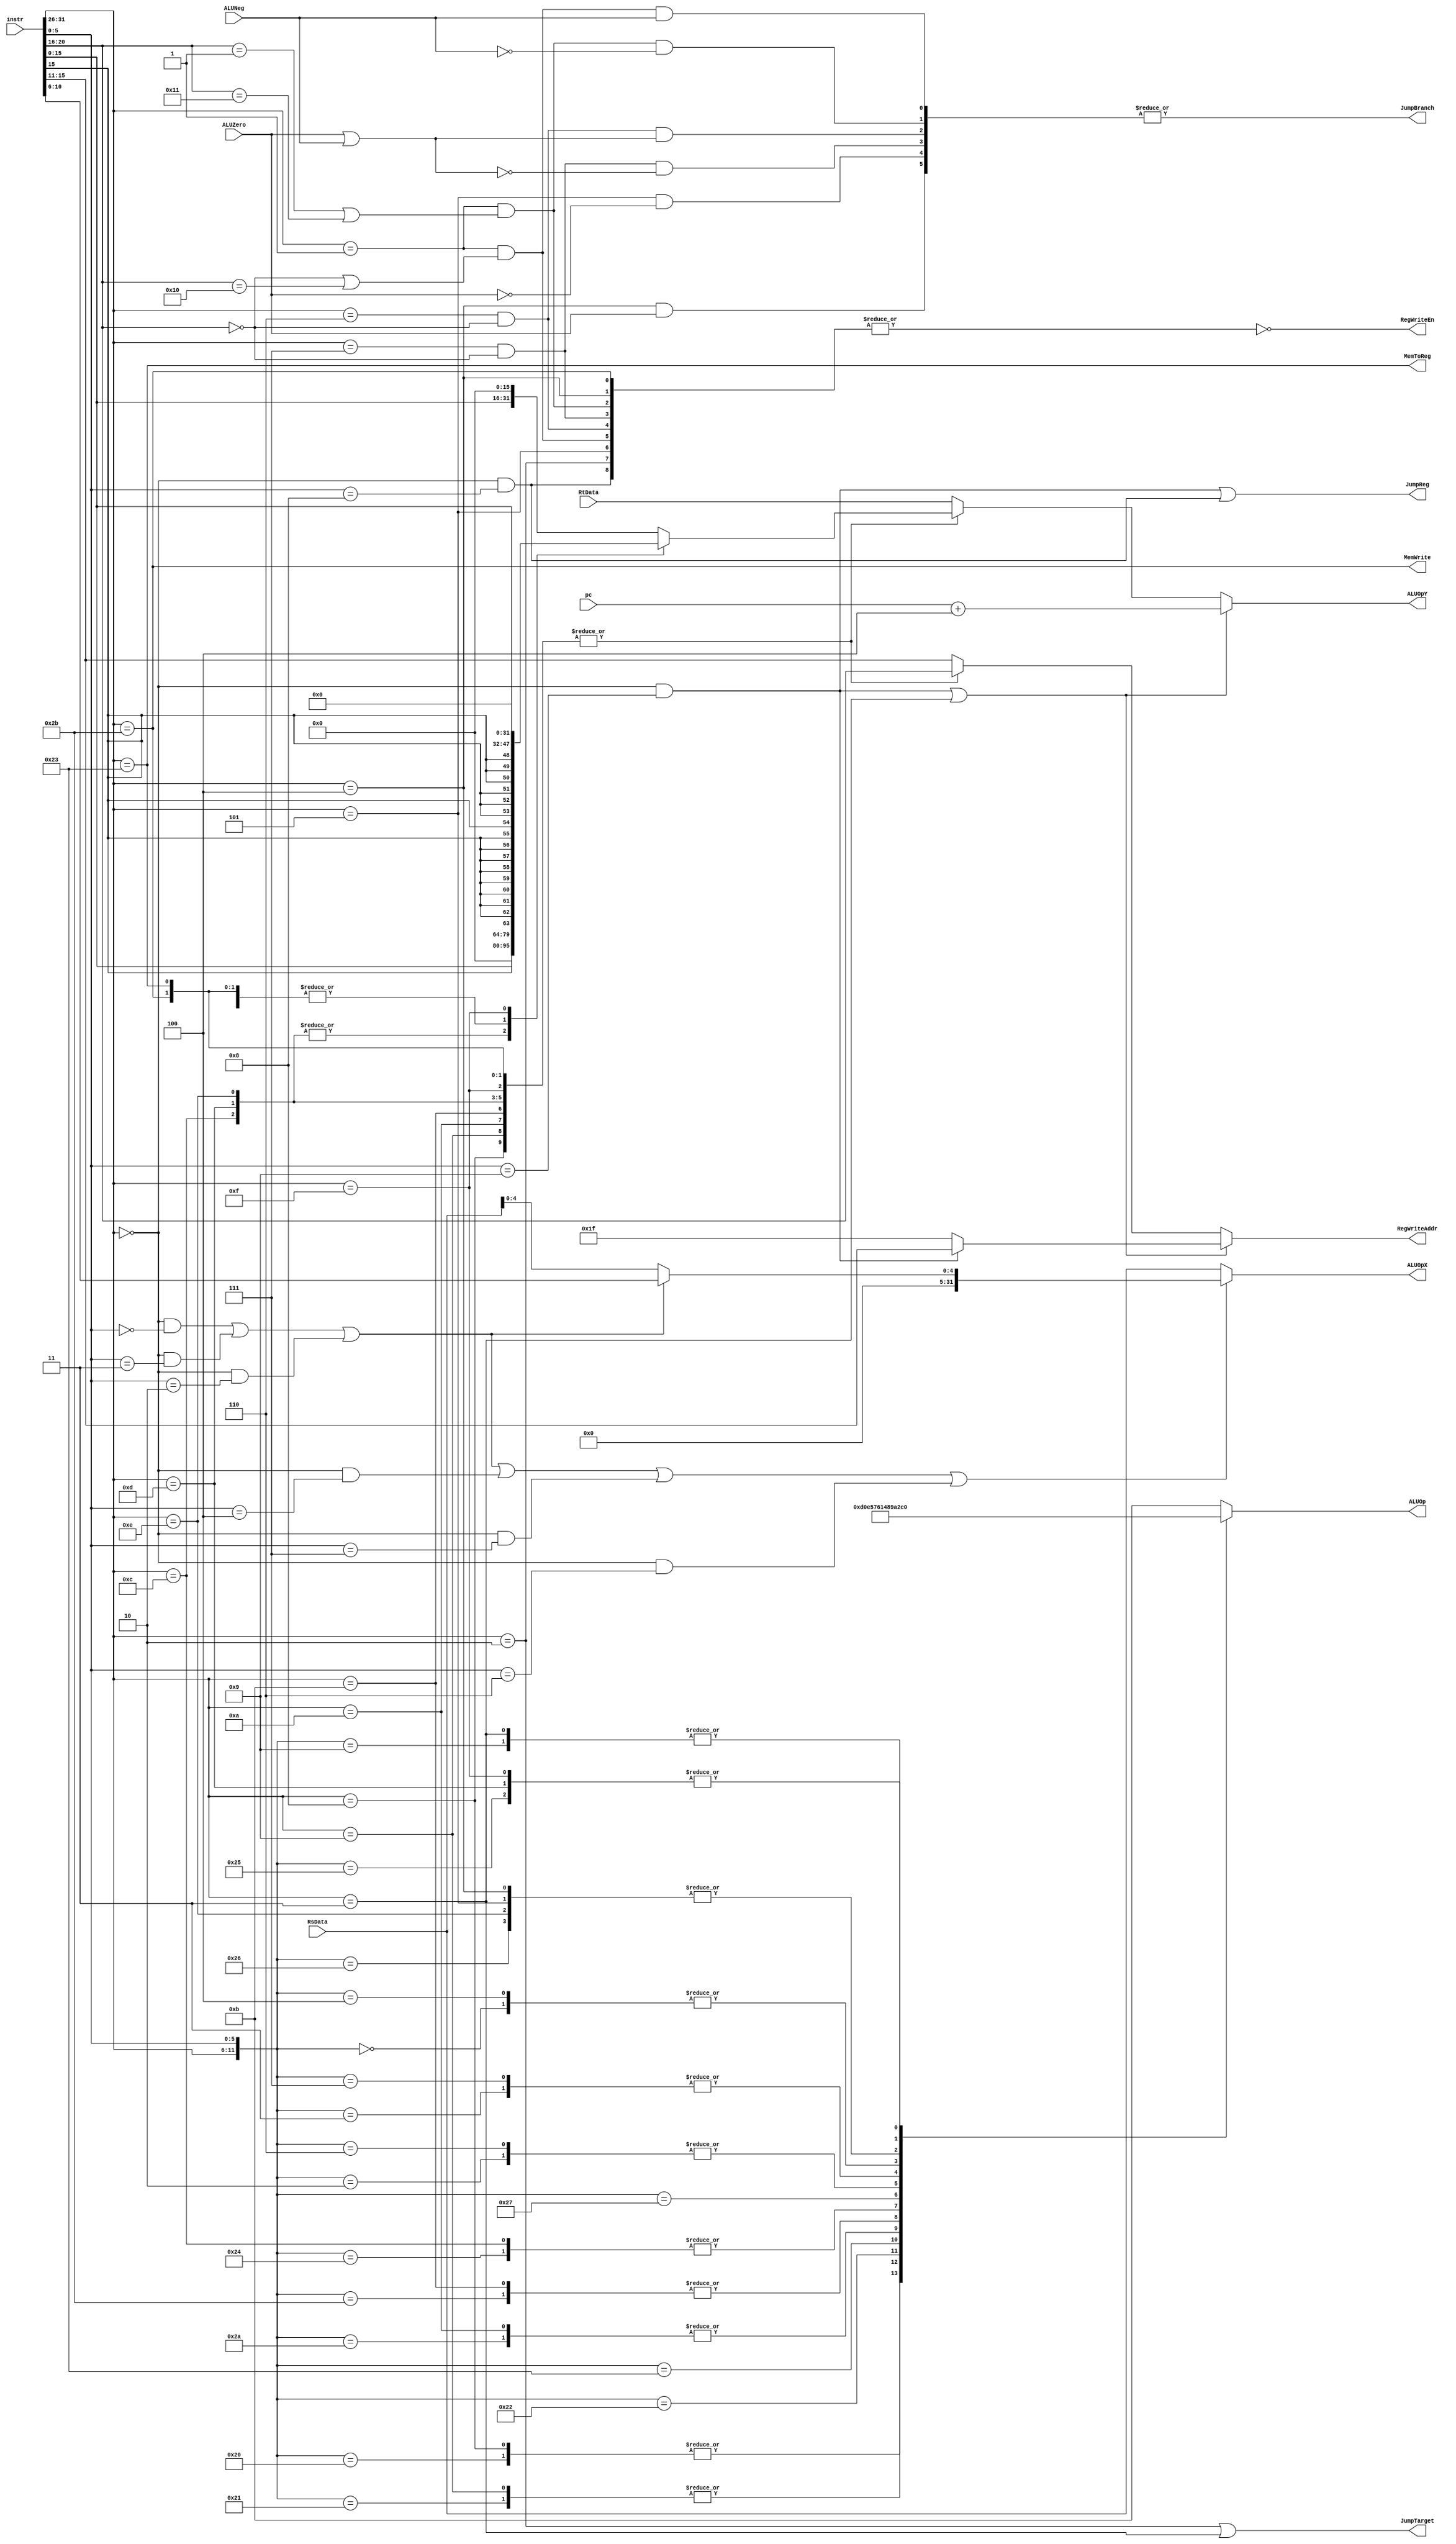
//******************************************************************************
// EE108b MIPS verilog model
//
// Decode.v
//
// - Decodes the instructions
// - branch instruction condition are also determined and whether
//   the branch PC should be used 
// - ALU instructions are decoded and sent to the ALU
// - decode whether the instruction uses the Immediate field
//
// verilog written by Daniel L. Rosenband, MIT 10/4/99
// modified by John Kim, 3/26/03
// modified by Neil Achtman, 8/15/03
//
//******************************************************************************

module Decode(   
  // Outputs
  RegWriteAddr, JumpBranch, JumpTarget, JumpReg, ALUOp, ALUOpX, ALUOpY, MemWrite, MemToReg, RegWriteEn,
  // Inputs
  instr, ALUZero, ALUNeg, RsData, RtData, pc
);

  input [31:0] instr;               // current instruction
  input [31:0] pc;                  // current pc
  input [31:0] RsData, RtData;      // data from read registers
  input ALUZero, ALUNeg;            // whether result of ALU operation is 0 or negative
  
  output reg [4:0] RegWriteAddr;    // which register to write back data to
  output wire RegWriteEn;           // enable writing back to the register
  
  output wire MemToReg;             // use memory output as data to write into register
  output wire MemWrite;             // write to memory
  
  output wire JumpBranch;           // branch taken, address offset specified in instruction
  output wire JumpTarget;           // jump address specified in instruction
  output wire JumpReg;              // jump address specified in register
  
  output reg [3:0] ALUOp;           // ALU operation select
  output reg [31:0] ALUOpX, ALUOpY; // ALU operands

//******************************************************************************
// instruction field
//******************************************************************************

  `define opfield 31:26	// 6-bit operation code
  `define rs 25:21	// 5-bit source register specifier
  `define rt 20:16	// 5-bit source/dest register specifier 
  `define immediate 15:0	// 16-bit immediate, branch or address disp
  `define rd 15:11	// 5-bit destination register specifier
  `define safield 10:6	// 5-bit shift amount
  `define function 5:0		// 6-bit function field
  
  wire [5:0] op;
  wire [4:0] RtAddr, RdAddr, RsAddr;
  wire [4:0] sa;
  wire [5:0] funct;
  wire [15:0] immediate;
  
  assign op = instr[`opfield];
  assign sa = instr[`safield];
  assign RtAddr = instr[`rt];
  assign RdAddr = instr[`rd];
  assign RsAddr = instr[`rs];
  assign funct = instr[`function];
  assign immediate = instr[`immediate];

//******************************************************************************
// branch instructions decode
//******************************************************************************

  `define BLTZ_GEZ 6'b000001
  `define BEQ      6'b000100
  `define BNE      6'b000101
  `define BLEZ     6'b000110
  `define BGTZ     6'b000111
  `define BLTZ     5'b00000
  `define BGEZ     5'b00001
  `define BLTZAL   5'h10
  `define BGEZAL   5'h11
  
  wire isBEQ  = (op == `BEQ);
  wire isBGEZ = (op == `BLTZ_GEZ) & ((RtAddr == `BGEZ) | (RtAddr == `BGEZAL));
  wire isBGTZ = (op == `BGTZ) & (RtAddr == 5'b00000);
  wire isBLEZ = (op == `BLEZ) & (RtAddr == 5'b00000);
  wire isBLTZ = (op == `BLTZ_GEZ) & ((RtAddr == `BLTZ) | (RtAddr == `BLTZAL));
  wire isBNE  = (op == `BNE);

  // determine if branch is taken
  
  wire RsDataZero = RsData == 32'b0;
  wire RsDataNeg = RsData[31];

  assign JumpBranch = |{isBEQ & ALUZero,
                        isBNE & ~ALUZero, // make sure the ALU gives a zero output when appropriate
                        isBGTZ & ~(ALUZero | ALUNeg),
                        isBLEZ & (ALUZero | ALUNeg),
                        isBGEZ & ~ALUNeg,
                        isBLTZ & ALUNeg};

//******************************************************************************
// jump instructions decode
//******************************************************************************

  `define SPECIAL         6'b000000
  `define J               6'b000010
  `define JAL             6'b000011
  `define JR              6'b001000
  `define JALR            6'b001001
  
  wire isJ    = (op == `J);
  wire isJAL  = (op == `JAL);
  wire isJALR = (op == `SPECIAL) & (funct == `JALR);  
  wire isJR   = (op == `SPECIAL) & (funct == `JR);
  
  assign JumpTarget = isJ | isJAL;
  assign JumpReg = isJALR | isJR;
  
  // determine if the next pc will need to be stored
  wire isLink = isJALR | isJAL;


//******************************************************************************
// shift instruction decode
//******************************************************************************
  	
  `define SLL   6'b000000
  `define SRL   6'b000010
  `define SRA   6'b000011
  `define SLLV  6'b000100
  `define SRLV  6'b000110
  `define SRAV  6'b000111
  
  wire isSLL = (op == `SPECIAL) & (funct == `SLL);
  wire isSRA = (op == `SPECIAL) & (funct == `SRA);
  wire isSRL = (op == `SPECIAL) & (funct == `SRL);
  wire isSLLV = (op == `SPECIAL) & (funct == `SLLV);
  wire isSRAV = (op == `SPECIAL) & (funct == `SRAV);
  wire isSRLV = (op == `SPECIAL) & (funct == `SRLV);
  
  wire isShiftImm = isSLL | isSRA | isSRL;
  wire isShift = isShiftImm | isSLLV | isSRAV | isSRLV;
		
//******************************************************************************
// ALU instructions decode / control signal for ALU datapath
//******************************************************************************
	
  // OPCODES
  `define ADDI  6'b001000
  `define ADDIU 6'b001001
  `define SLTI  6'b001010
  `define SLTIU 6'b001011
  `define ANDI  6'b001100
  `define ORI   6'b001101
  `define XORI  6'b001110
  `define LUI   6'b001111
  `define LW    6'b100011
  `define SW    6'b101011

  // FUNCTION CODES (more are above for shifts)
  `define ADD   6'b100000
  `define ADDU  6'b100001
  `define SUB   6'b100010
  `define SUBU  6'b100011
  `define AND   6'b100100
  `define OR    6'b100101
  `define XOR   6'b100110
  `define NOR   6'b100111
  `define SLT   6'b101010
  `define SLTU  6'b101011
  
  // ALU OPCODES
  `define select_alu_addu 4'd0
  `define select_alu_and 4'd1
  `define select_alu_xor 4'd2
  `define select_alu_or 4'd3
  `define select_alu_nor 4'd4
  `define select_alu_subu 4'd5
  `define select_alu_sltu 4'd6
  `define select_alu_slt 4'd7
  `define select_alu_srl 4'd8
  `define select_alu_sra 4'd9
  `define select_alu_sll 4'd10
  `define select_alu_passx 4'd11
  `define select_alu_passy 4'd12
  `define select_alu_add 4'd13
  `define select_alu_sub 4'd14
  
  `define dc6 6'bxxxxxx
  
  always @(op or funct) begin
    casex({op, funct})
      // DETERMINE THE ALU OPERATION TO PERFORM FOR EACH OP/FUNCTION CODE
 	
      {`SPECIAL, `ADD}:	    ALUOp = `select_alu_add;
      {`SPECIAL, `ADDU}:    ALUOp = `select_alu_addu;
      {`ADDI, `dc6}:        ALUOp = `select_alu_add;
      {`ADDIU, `dc6}:       ALUOp = `select_alu_addu;

      {`SPECIAL, `SUB}:	    ALUOp = `select_alu_sub;
      {`SPECIAL, `SUBU}:    ALUOp = `select_alu_subu;

      {`SPECIAL, `SLT}:	    ALUOp = `select_alu_slt;
      {`SPECIAL, `SLTU}:    ALUOp = `select_alu_sltu;
      {`SLTI, `dc6}:	    ALUOp = `select_alu_slt;
      {`SLTIU, `dc6}:	    ALUOp = `select_alu_sltu;

      {`SPECIAL, `AND}:	    ALUOp = `select_alu_and;
      {`ANDI, `dc6}:	    ALUOp = `select_alu_and;

      {`SPECIAL, `OR}:	    ALUOp = `select_alu_or;
      {`ORI, `dc6}:	    ALUOp = `select_alu_or;

      {`SPECIAL, `XOR}:	    ALUOp = `select_alu_xor;
      {`XORI, `dc6}:	    ALUOp = `select_alu_xor;

      {`SPECIAL, `NOR}:	    ALUOp = `select_alu_nor;

      {`SPECIAL, `SRL}:	    ALUOp = `select_alu_srl;
      {`SPECIAL, `SRA}:	    ALUOp = `select_alu_sra;
      {`SPECIAL, `SLL}:	    ALUOp = `select_alu_sll;
      {`SPECIAL, `SRLV}:    ALUOp = `select_alu_srl;
      {`SPECIAL, `SRAV}:    ALUOp = `select_alu_sra;
      {`SPECIAL, `SLLV}:    ALUOp = `select_alu_sll;

      // add offset to address
      {`SPECIAL, `LW}:	    ALUOp = `select_alu_addu;
      {`SPECIAL, `SW}:	    ALUOp = `select_alu_addu;

      {`BEQ, `dc6}:         ALUOp = `select_alu_xor;
      {`BNE, `dc6}:	    ALUOp = `select_alu_xor;

      // compare rs data to 0, only care about 1 operand
      {`BGTZ, `dc6}:        ALUOp = `select_alu_passx;
      {`BLEZ, `dc6}:        ALUOp = `select_alu_passx;
      {`BLTZ_GEZ, `dc6}:    ALUOp = `select_alu_passx;
      
      // pass link address to be stored in $ra
      {`JAL, `dc6}:         ALUOp = `select_alu_passy;
      {`SPECIAL, `JALR}:    ALUOp = `select_alu_passy;
      
      // or immediate with 0
      {`LUI, `dc6}:         ALUOp = `select_alu_or;
      
      default:              ALUOp = `select_alu_passx;
    endcase
  end

//******************************************************************************
// Compute value for 32 bit immediate data
//******************************************************************************

  // SET THE VALUE OF "Imm" HERE
  reg [31:0] Imm;
  wire ALUSrc;	// where to get 2nd ALU operand from: 0 for RtData, 1 for Immediate
  always @(op or immediate) begin
    casex(op)
      // DETERMINE WHAT THE IMMEDIATE VALUE SHOULD BE FOR RELEVANT INSTRUCTIONS
      `ADDI : 	   Imm = {{17{immediate[15]}}, immediate[14:0]};
      `ADDIU :	   Imm = {{17{immediate[15]}}, immediate[14:0]};
      `SLTI :      Imm = {{17{immediate[15]}}, immediate[14:0]};
      `SLTIU :     Imm = {{17{immediate[15]}}, immediate[14:0]};
      `ANDI :      Imm = {{16{1'b0}}, immediate};
      `ORI :	   Imm = {{16{1'b0}}, immediate};
      `XORI :  	   Imm = {{16{1'b0}}, immediate};
      `LW : 	   Imm = {{17{immediate[15]}}, immediate[14:0]};
      `SW :	   Imm = {{17{immediate[15]}}, immediate[14:0]};
      `LUI :       Imm = 32'b0;
      default :    Imm = {immediate[15:0], 16'd0};
    endcase
  end

  assign ALUSrc = |{op == `ADDI, op == `ADDIU, op == `SLTI, op == `SLTIU, op == `ANDI, op == `ORI, op == `XORI, op == `LW, op == `SW, op == `LUI};
  
  // MAKE ASSIGNMENT TO ALUSrc SO IMMEDIATE VALUE IS USED FOR APPROPRIATE INSTRUCTIONS

//******************************************************************************
// Determine ALU inputs and register writeback address
//******************************************************************************
  
  // for shift operations, use either shamt field or lower 5 bits of rs
  // otherwise use rs
  		
  always @(RsData or sa or isShift or isShiftImm) begin
    if (isShift)
      ALUOpX = {27'b0, (isShiftImm) ? sa : RsData[4:0]};
    else
      ALUOpX = RsData;
  end
  
  // for link operations, use next pc (current pc + 4)
  // for immediate operations, use Imm
  // otherwise use rt
  
  always @(isLink or pc or isJALR or RdAddr or ALUSrc or Imm or RtAddr or RtData) begin
    if (isLink) begin
      ALUOpY = pc + 3'h4;
      RegWriteAddr = isJALR ? RdAddr : 5'd31; // write to return address
    end
    else if (ALUSrc) begin
      ALUOpY = Imm;
      RegWriteAddr = RtAddr;
    end
    else begin
      ALUOpY = RtData;
      RegWriteAddr = RdAddr;
    end
  end
  
  // determine when to write back to a register (any operation that isn't a branch, jump, or store)
  assign RegWriteEn = ~|{op == `SW, isJ, isJR, isBGEZ, isBGTZ, isBLEZ, isBLTZ, isBNE, isBEQ};

//******************************************************************************
// Memory control
//******************************************************************************

  assign MemWrite = (op == `SW);    // write to memory
  assign MemToReg = (op == `LW);    // use memory data for writing to register

endmodule